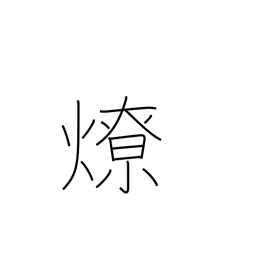
Meaning: bonfire